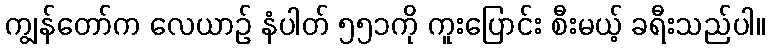
ကျွန်တော်က လေယာဉ် နံပါတ် ၅၅၁ကို ကူးပြောင်း စီးမယ့် ခရီးသည်ပါ။